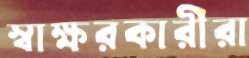
স্বাক্ষরকারীরা